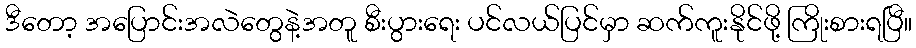
ဒီတော့ အပြောင်းအလဲတွေနဲ့အတူ စီးပွားရေး ပင်လယ်ပြင်မှာ ဆက်ကူးနိုင်ဖို့ ကြိုးစားရပြီ။